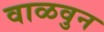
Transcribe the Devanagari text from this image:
वाळवुन